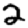
Digit: 2